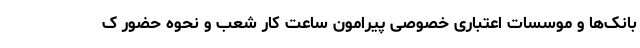
بانک‌ها و موسسات اعتباری خصوصی پیرامون ساعت کار شعب و نحوه حضور ک